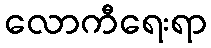
လောကီရေးရာ